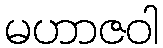
မဟာဇဝါ